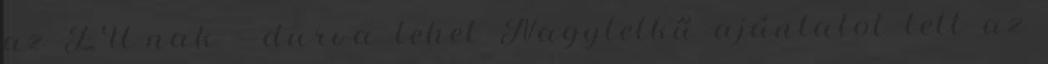
az EU-nak - durva lehet Nagylelkű ajánlatot tett az